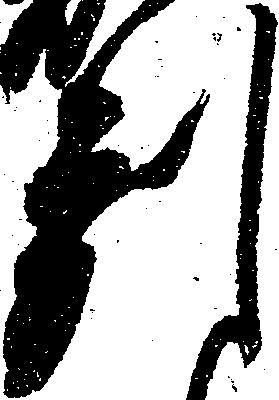
判